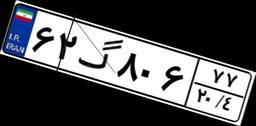
۶۲گ۸۰۶۷۷